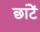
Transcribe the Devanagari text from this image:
छांटें